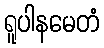
ရူပါနမေတံ